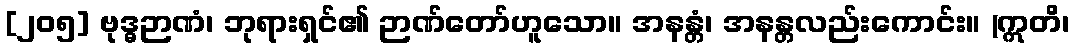
[၂၀၅] ဗုဒ္ဓဉာဏံ၊ ဘုရားရှင်၏ ဉာဏ်တော်ဟူသော။ အနန္တံ၊ အနန္တလည်းကောင်း။ (ဣတိ၊